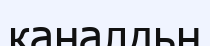
каналдьң